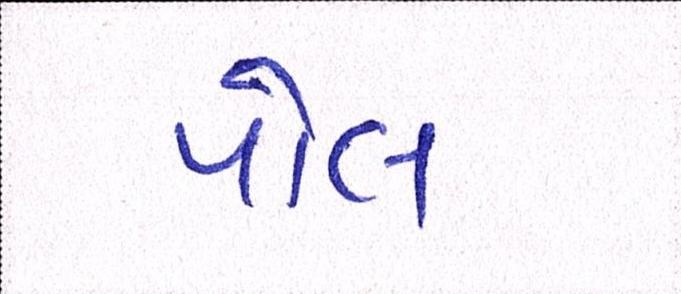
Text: પોલ